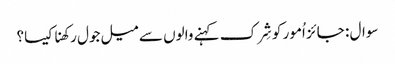
سوال : جائز اُمور کو شِرک کہنے والوں سے میل جول رکھنا کیسا؟